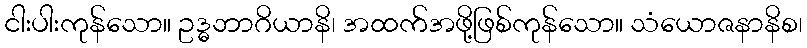
ငါးပါးကုန်သော။ ဥဒ္ဓဘာဂိယာနိ၊ အထက်အဖို့ဖြစ်ကုန်သော။ သံယောဇနာနိစ၊